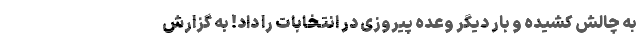
به چالش کشیده و بار دیگر وعده پیروزی در انتخابات را داد! به گزارش